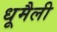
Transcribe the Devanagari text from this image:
धूमैली